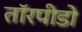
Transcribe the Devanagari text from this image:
तॉरपीडो